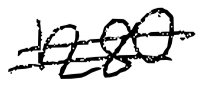
Text: 1280
Cross-out: double-line
Writing tool: digital_black